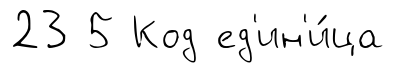
23 5 Код ед'ин'и́ца